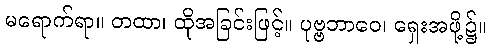
မရောက်ရာ။ တထာ၊ ထိုအခြင်းဖြင့်။ ပုဗ္ဗဘာဝေ၊ ရှေးအဖို့၌။